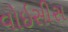
વોઇસીસ